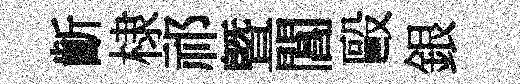
齗棣祁曁閶毆銀